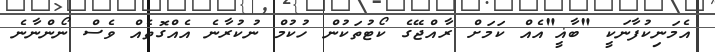
އެމަނިކުފާނަކީ "ބާޣީ"އެއް ކަމަށް ރާއްޖޭގެ ކޯޓުތަކުން ހުކުމް ނުކުރާނެ އެއްގޮތެއް ވެސް ނޯންނާނެ